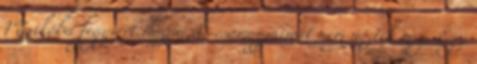
Mexikóba fegyvert hozni, de csomagjaimat nem nézték meg. Egy